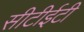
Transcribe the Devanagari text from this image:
सीटीईटी